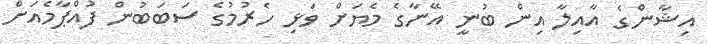
އިޝާންގެ އާއިލާ އިން ބުނީ އޭނާގެ މެޔަށް ވަޅި ހެރުމުގެ ސަބަބުން ފުއްޕާމެއަށް